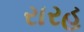
રારહ